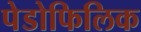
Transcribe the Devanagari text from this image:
पेडोफिलिक